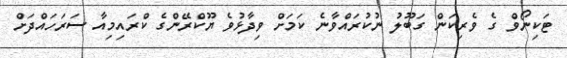
ޓަކިނޯވް ގެ ވެރިކަން ގަބޫލު ނުކުރައްވާނެ ކަމަށް ވިދާޅުވެ ޔޫކްރޭންގެ ކްރައިމިއާ ސަރަހައްދަށް